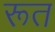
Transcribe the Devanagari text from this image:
रूत